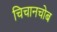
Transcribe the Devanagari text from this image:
चिचानचोब